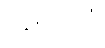
ဇဋိလကံ